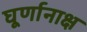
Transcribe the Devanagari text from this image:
घूर्णानाक्ष